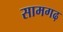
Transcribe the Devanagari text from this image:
सामगढ़